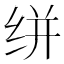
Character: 𰬔